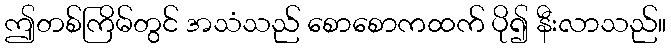
ဤတစ်ကြိမ်တွင် အသံသည် စောစောကထက် ပို၍ နီးလာသည်။